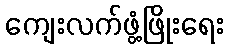
ကျေးလက်ဖွံ့ဖြိုးရေး